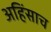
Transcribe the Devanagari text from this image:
अहिंसाच